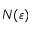
N ( \varepsilon )